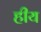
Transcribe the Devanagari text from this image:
हीय